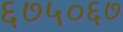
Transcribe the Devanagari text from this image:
६७५०६७